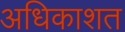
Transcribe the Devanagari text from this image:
अधिकाशत